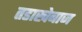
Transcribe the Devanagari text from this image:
तडाखेबाज